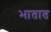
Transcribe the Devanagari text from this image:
भातात